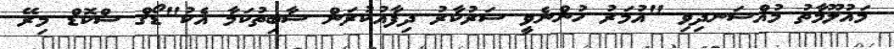
މައުލޫމާތު މުއްސަނދިވި "އުމަރު ހުންނެވީ ސަރުކާރު ދިފާއުކުރަން ސާބިތުކަމާ އެކު"ޑޯގް ސްކޮޑް މިރޭ